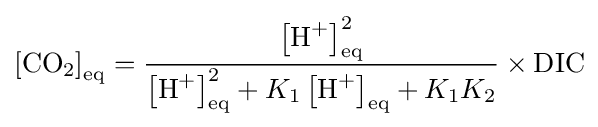
\left[{\textrm {CO}}_{2}\right]_{\text{eq}}={\frac {\left[{\textrm {H}}^{+}\right]_{\text{eq}}^{2}}{\left[{\textrm {H}}^{+}\right]_{\text{eq}}^{2}+K_{1}\left[{\textrm {H}}^{+}\right]_{\text{eq}}+K_{1}K_{2}}}\times {\textrm {DIC}}